Bréfritari: Jón Jónsson
Viðtakandi: Jón Borgfirðings Jónsson
Dagsetning: A-1869-04-29
Skrifað á: Geldingaá  Borg.

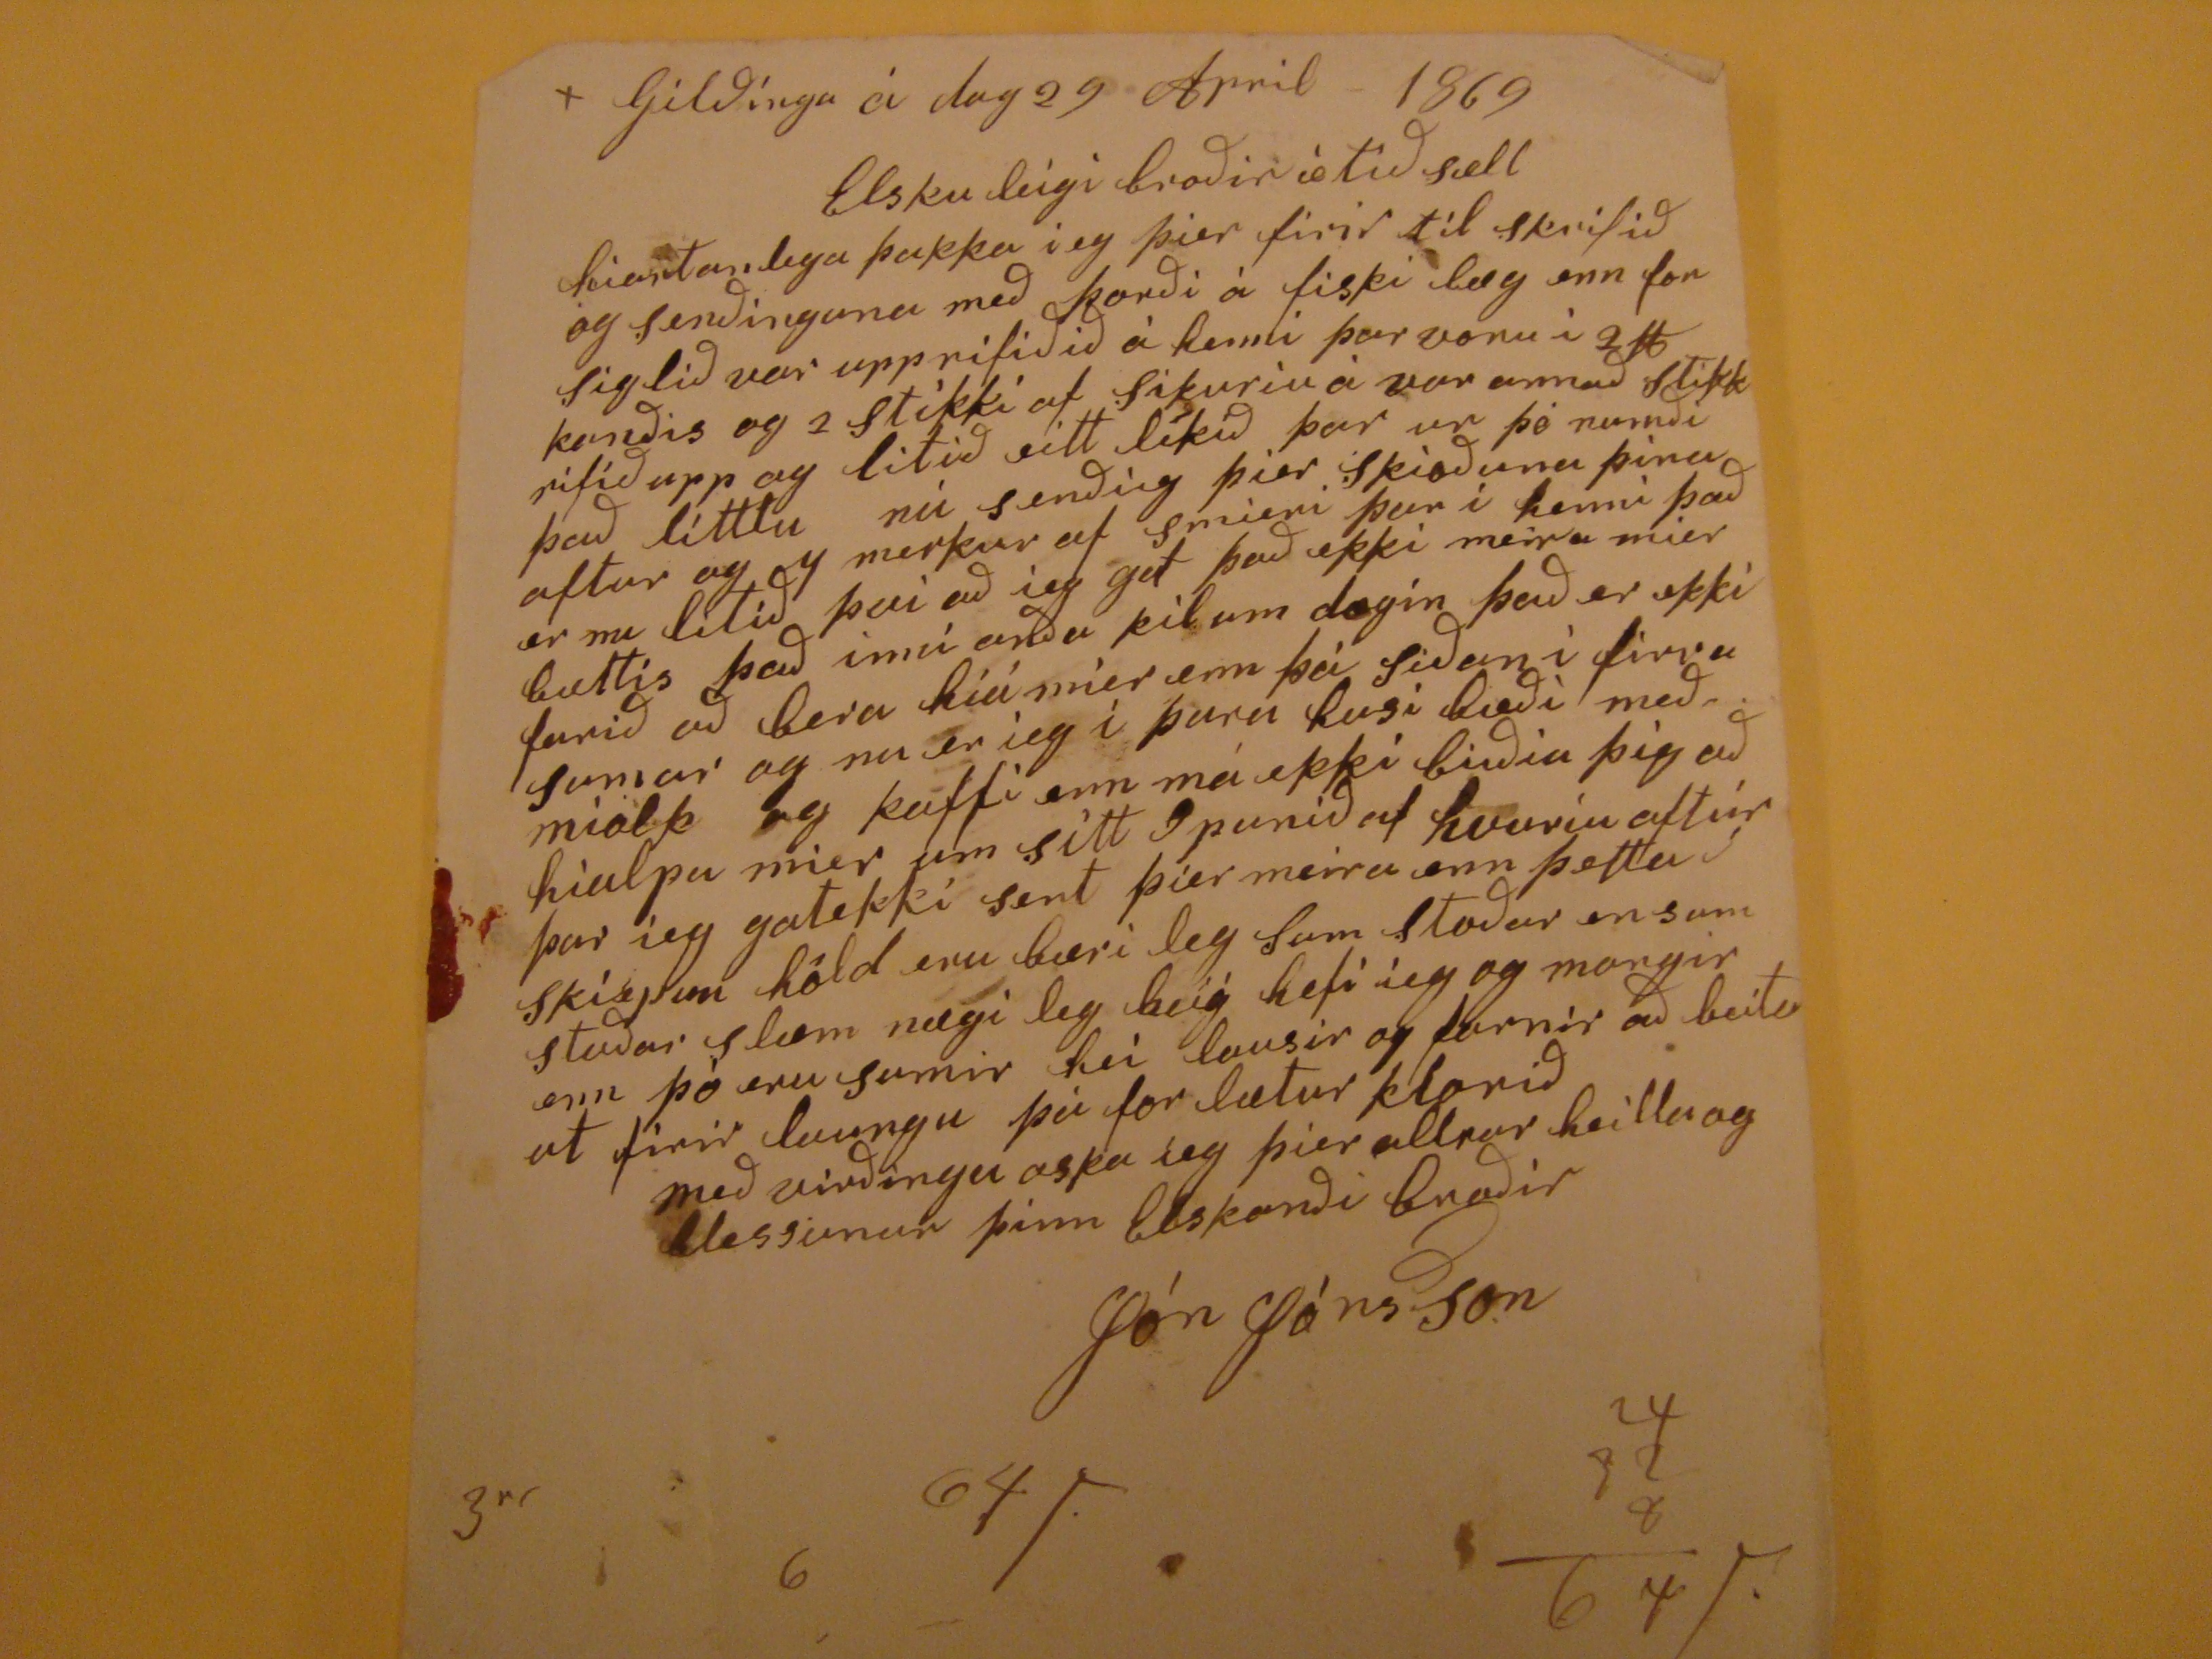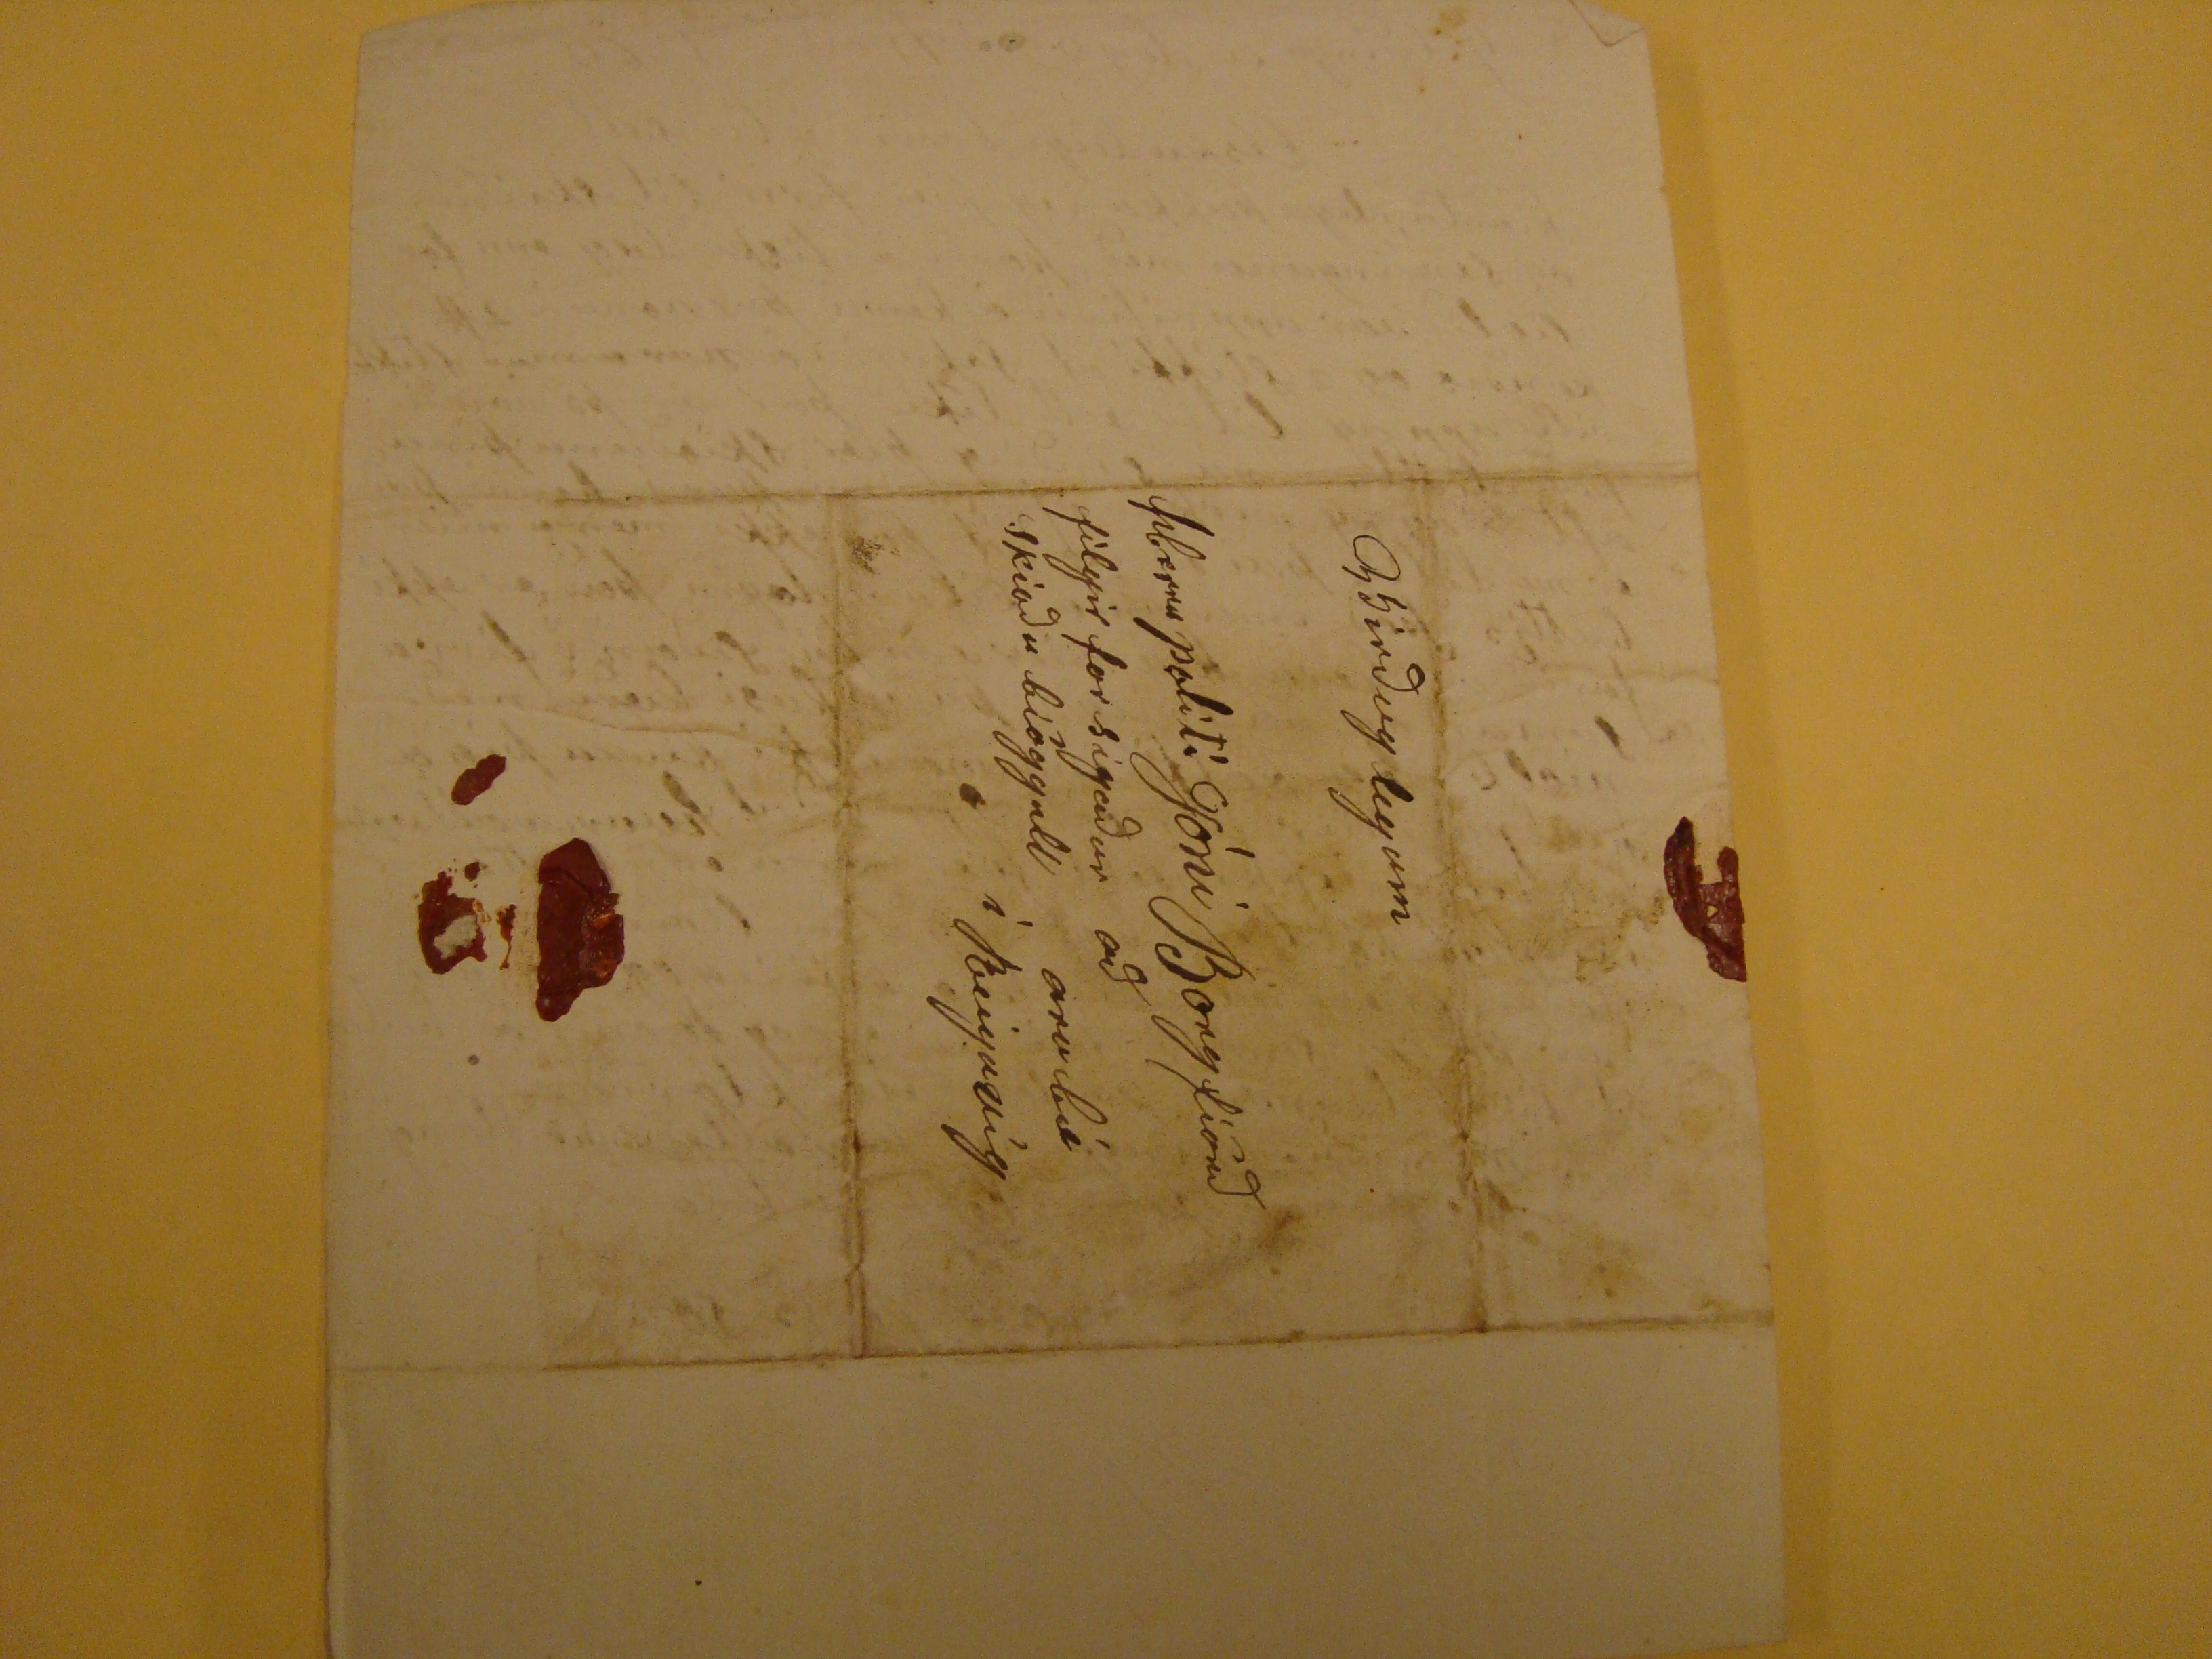

Gilðinga á dag 29 April - 1869
Elsku leigi broðir æ tið sæll hiartanlega þakka ieg þier firir til skrifið og senðinguna með korði á fiski læg enn for siglið var upp rifiðið á henni þar voru í 2# konðis og 2 stikki af skikuriu á vor annað stikk rifið upp og litið eitt likið þar ur þó numði það littlu nú senðieg þier skioðuna þina aftur og 7 merkur af smieri þar i henni það er nu litið því að ieg get það ekki meira mier bættis það inní anða kil um dægin það er ekki farið að bera híá míer enn þá siðan i firra sumar og nu er íeg í þara husi bæði með miolk og kaffi enn má ekki bieðia þig að hialpa mier um sitt
9
punið af hvuriu aftúr þar ieg gatekki sent þier meira enn þetta skiepum höld eru bæri leg sum staðar en sum staðar slæm nægi leg
heiý
hefi ieg og margir enn þó eru sumir hei lausir og farnir að beita ut firir laungu þú forlætur klorið
með virðingu oska ieg þier allrar heilla og blessunar þinn Elskanði broðir
Jón Jónsson
Virðuglegum
Herra polití Jóni Borgfíörð
að
arabæ
í Reigavíg
filgir for sigaður skioðu biöggull